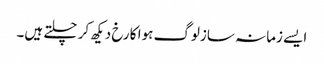
ایسے زمانہ سازلوگ ہوا کا رخ دیکھ کر چلتے ہیں۔